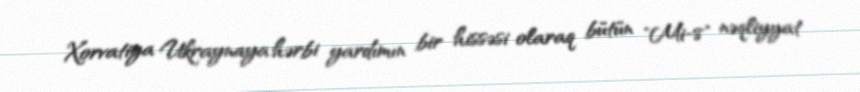
Xorvatiya Ukraynaya hərbi yardımın bir hissəsi olaraq bütün "Mi-8" nəqliyyat